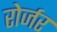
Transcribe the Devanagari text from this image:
रोर्जर